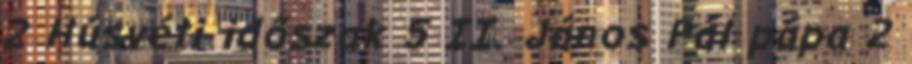
2 Húsvéti időszak 5 II. János Pál pápa 2